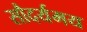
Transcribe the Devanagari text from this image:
सौदर्यमय